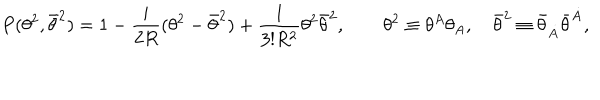
P ( \theta ^ { 2 } , \bar { \theta } ^ { 2 } ) = 1 - { \frac { i } { 2 R } } ( \theta ^ { 2 } - \bar { \theta } ^ { 2 } ) + { \frac { 1 } { 3 ! R ^ { 2 } } } \theta ^ { 2 } \bar { \theta } ^ { 2 } , \qquad \theta ^ { 2 } \equiv \theta ^ { A } \theta _ { A } , \quad \bar { \theta } ^ { 2 } \equiv \bar { \theta } _ { \dot { A } } \bar { \theta } ^ { \dot { A } } ,